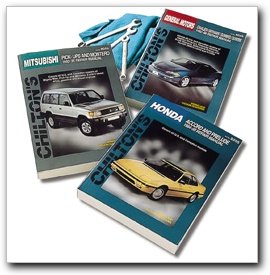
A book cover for Chilton Volkswagen Golf / GTI / Jetta 1999-2005 Repair Manual (70403); Engineering & Transportation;